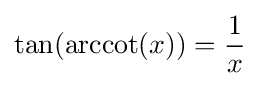
\tan(\operatorname {arccot} (x))={\frac {1}{x}}